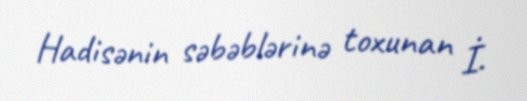
Hadisənin səbəblərinə toxunan İ.